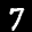
Label: 7